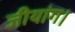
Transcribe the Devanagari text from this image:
जीयांग।